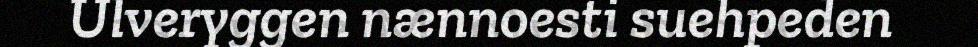
Ulveryggen nænnoesti suehpeden